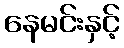
နေမင်းနှင့်